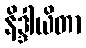
နိဒ္ဒါယိတာ